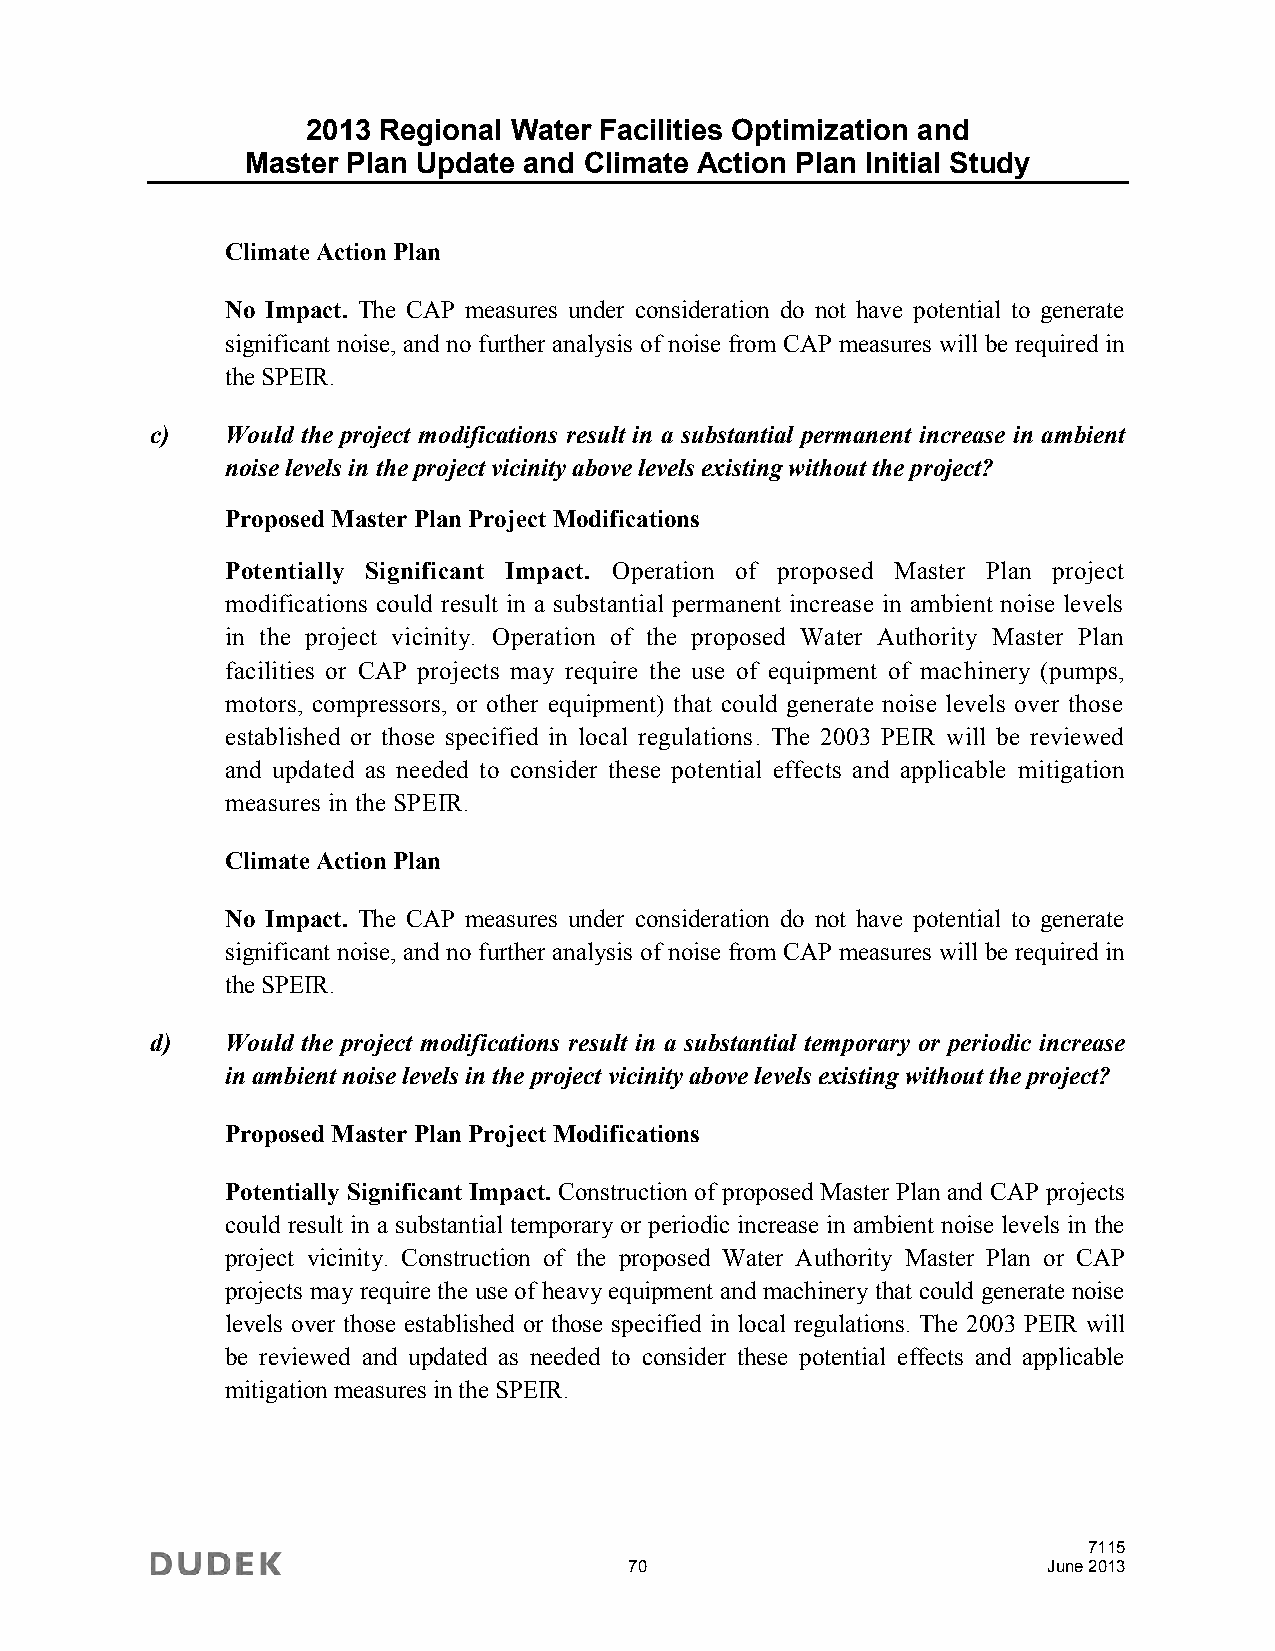
2013 Regional Water Facilities Optimization and
 Master Plan Update and Climate Action Plan Initial Study
 Climate Action Plan
 No Impact. The CAP measures under consideration do not have potential to generate
 significant noise, and no further analysis of noise from CAP measures will be required in
 the SPEIR.
 c)   Would the project modifications result in a substantial permanent increase in ambient
 noise levels in the project vicinity above levels existing without the project?
 Proposed Master Plan Project Modifications
 Potentially Significant Impact. Operation of proposed Master Plan project
 modifications could result in a substantial permanent increase in ambient noise levels
 in the project vicinity. Operation of the proposed Water Authority Master Plan
 facilities or CAP projects may require the use of equipment of machinery (pumps,
 motors, compressors, or other equipment) that could generate noise levels over those
 established or those specified in local regulations. The 2003 PEIR will be reviewed
 and updated as needed to consider these potential effects and applicable mitigation
 measures in the SPEIR.
 Climate Action Plan
 No Impact. The CAP measures under consideration do not have potential to generate
 significant noise, and no further analysis of noise from CAP measures will be required in
 the SPEIR.
 d)   Would the project modifications result in a substantial temporary or periodic increase
 in ambient noise levels in the project vicinity above levels existing without the project?
 Proposed Master Plan Project Modifications
 Potentially Significant Impact. Construction of proposed Master Plan and CAP projects
 could result in a substantial temporary or periodic increase in ambient noise levels in the
 project vicinity. Construction of the proposed Water Authority Master Plan or CAP
 projects may require the use of heavy equipment and machinery that could generate noise
 levels over those established or those specified in local regulations. The 2003 PEIR will
 be reviewed and updated as needed to consider these potential effects and applicable
 mitigation measures in the SPEIR.
 7115
 70                         June 2013